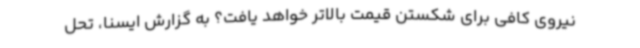
نیروی کافی برای شکستن قیمت بالاتر خواهد یافت؟ به گزارش ایسنا، تحل